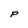
Character: P